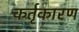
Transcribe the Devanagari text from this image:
कर्तृकारण